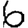
Digit: 6